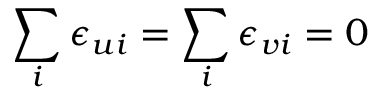
\sum _ { i } \epsilon _ { u i } = \sum _ { i } \epsilon _ { v i } = 0